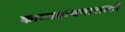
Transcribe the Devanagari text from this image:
काव्यवाचनासाठी